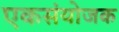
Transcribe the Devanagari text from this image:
एकसंयोजक